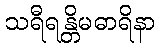
သရီရန္တိမဓာရိနာ